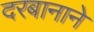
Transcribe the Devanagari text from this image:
दरबानाने